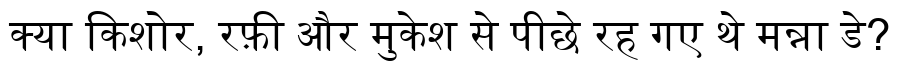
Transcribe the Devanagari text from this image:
क्या किशोर, रफ़ी और मुकेश से पीछे रह गए थे मन्ना डे?